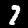
Label: 7